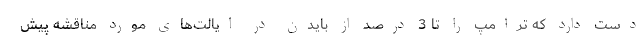
دست دارد که ترامپ را تا 3 درصد از بایدن در ایالت‌های مورد مناقشه پیش